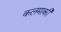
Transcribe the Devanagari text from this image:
कलमाकी